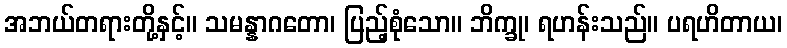
အဘယ်တရားတို့နှင့်။ သမန္နာဂတော၊ ပြည့်စုံသော။ ဘိက္ခု၊ ရဟန်းသည်။ ပရဟိတာယ၊